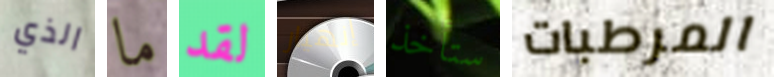
الذي ما لقد إنهيار ستأخذ المرطبات